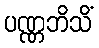
ပဏ္ဏဘိသိံ